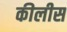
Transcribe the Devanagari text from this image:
कीलीस